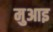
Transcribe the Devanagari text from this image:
मुआइ